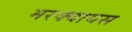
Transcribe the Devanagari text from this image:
मरक्वायस